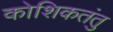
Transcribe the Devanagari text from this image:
कोशिकतंतु